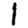
Digit: 1